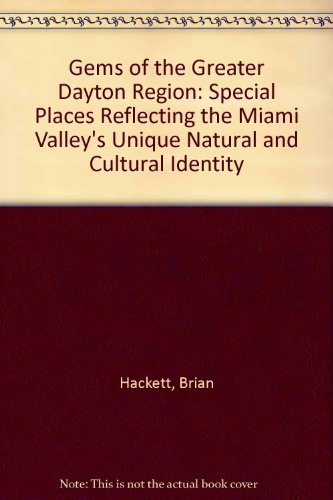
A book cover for Gems of the Greater Dayton Region: Special Places Reflecting the Miami Valley's Unique Natural and Cultural Identity; Brian Hackett; Travel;